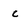
Character: c